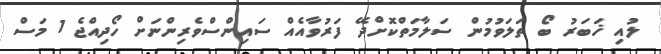
ލުއި ޚަބަރު ބޯ ތަލަވުމުން ސަލާމަތްކޮށްދޭ ފަރުވާއެއް ސައިންސްވެރިންނަށް ހޯދިއްޖެ 1 މަސް